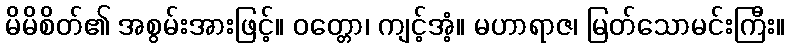
မိမိစိတ်၏ အစွမ်းအားဖြင့်။ ဝတ္တော၊ ကျင့်အံ့။ မဟာရာဇ၊ မြတ်သောမင်းကြီး။